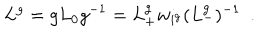
L ^ { g } = g L _ { 0 } g ^ { - 1 } = L _ { + } ^ { g } w _ { i ^ { g } } ( L _ { - } ^ { g } ) ^ { - 1 } \ \ .